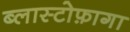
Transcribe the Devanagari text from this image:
ब्लास्टोफ़ागा